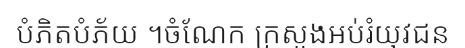
បំភិតបំភ័យ ។ចំណែក ក្រសួងអប់រំយុវជន